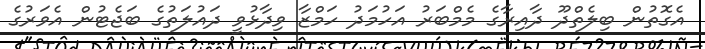
އެގޮތުން ބިލެތްދޫ ދާއިރާގެ މެމްބަރު އަހުމަދު ހަމްޒާ ވިދާޅުވީ ދައުލަތުގެ ބަޖެޓުން އެވަރުގެ